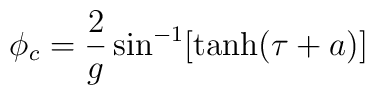
\phi_c=\frac{2}{g}\sin^{-1}[\tanh(\tau + a)]